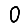
Digit: 0